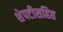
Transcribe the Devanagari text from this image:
शेपटीसहित